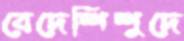
বেদেশিশুদে